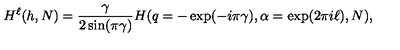
H ^ { \ell } ( h , N ) = \frac { \gamma } { 2 \sin ( \pi \gamma ) } H ( q = - \exp ( - i \pi \gamma ) , \alpha = \exp ( 2 \pi i \ell ) , N ) ,